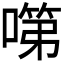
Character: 𭊗